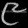
Digit: ၉